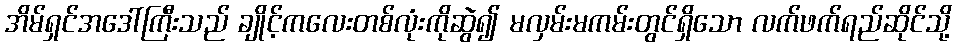
အိမ်ရှင်အဒေါ်ကြီးသည် ချိုင့်ကလေးတစ်လုံးကိုဆွဲ၍ မလှမ်းမကမ်းတွင်ရှိသော လက်ဖက်ရည်ဆိုင်သို့